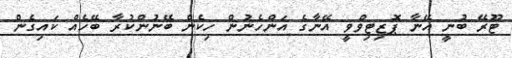
ޓޫރޭ ބުނީ އޭނާ ޕޮޒިޓިވްވީ އޭނާގެ އަންހެނުން ހިކެން ބޭނުންކުރާ ބޭހެއް ކައިގެން